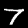
Label: 7